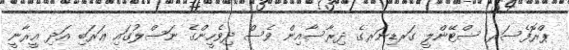
ޕްރޮފެސަރ ސްޓޭންލީ ގަރޑިނަރގެ ދިރާސާއިން ވެސް ދިވެހީންގެ ނަސްލުގައި ޢަރަބި އަދި އީރާނީ